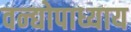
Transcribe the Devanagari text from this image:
वन्द्योपाध्याय